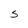
Character: S